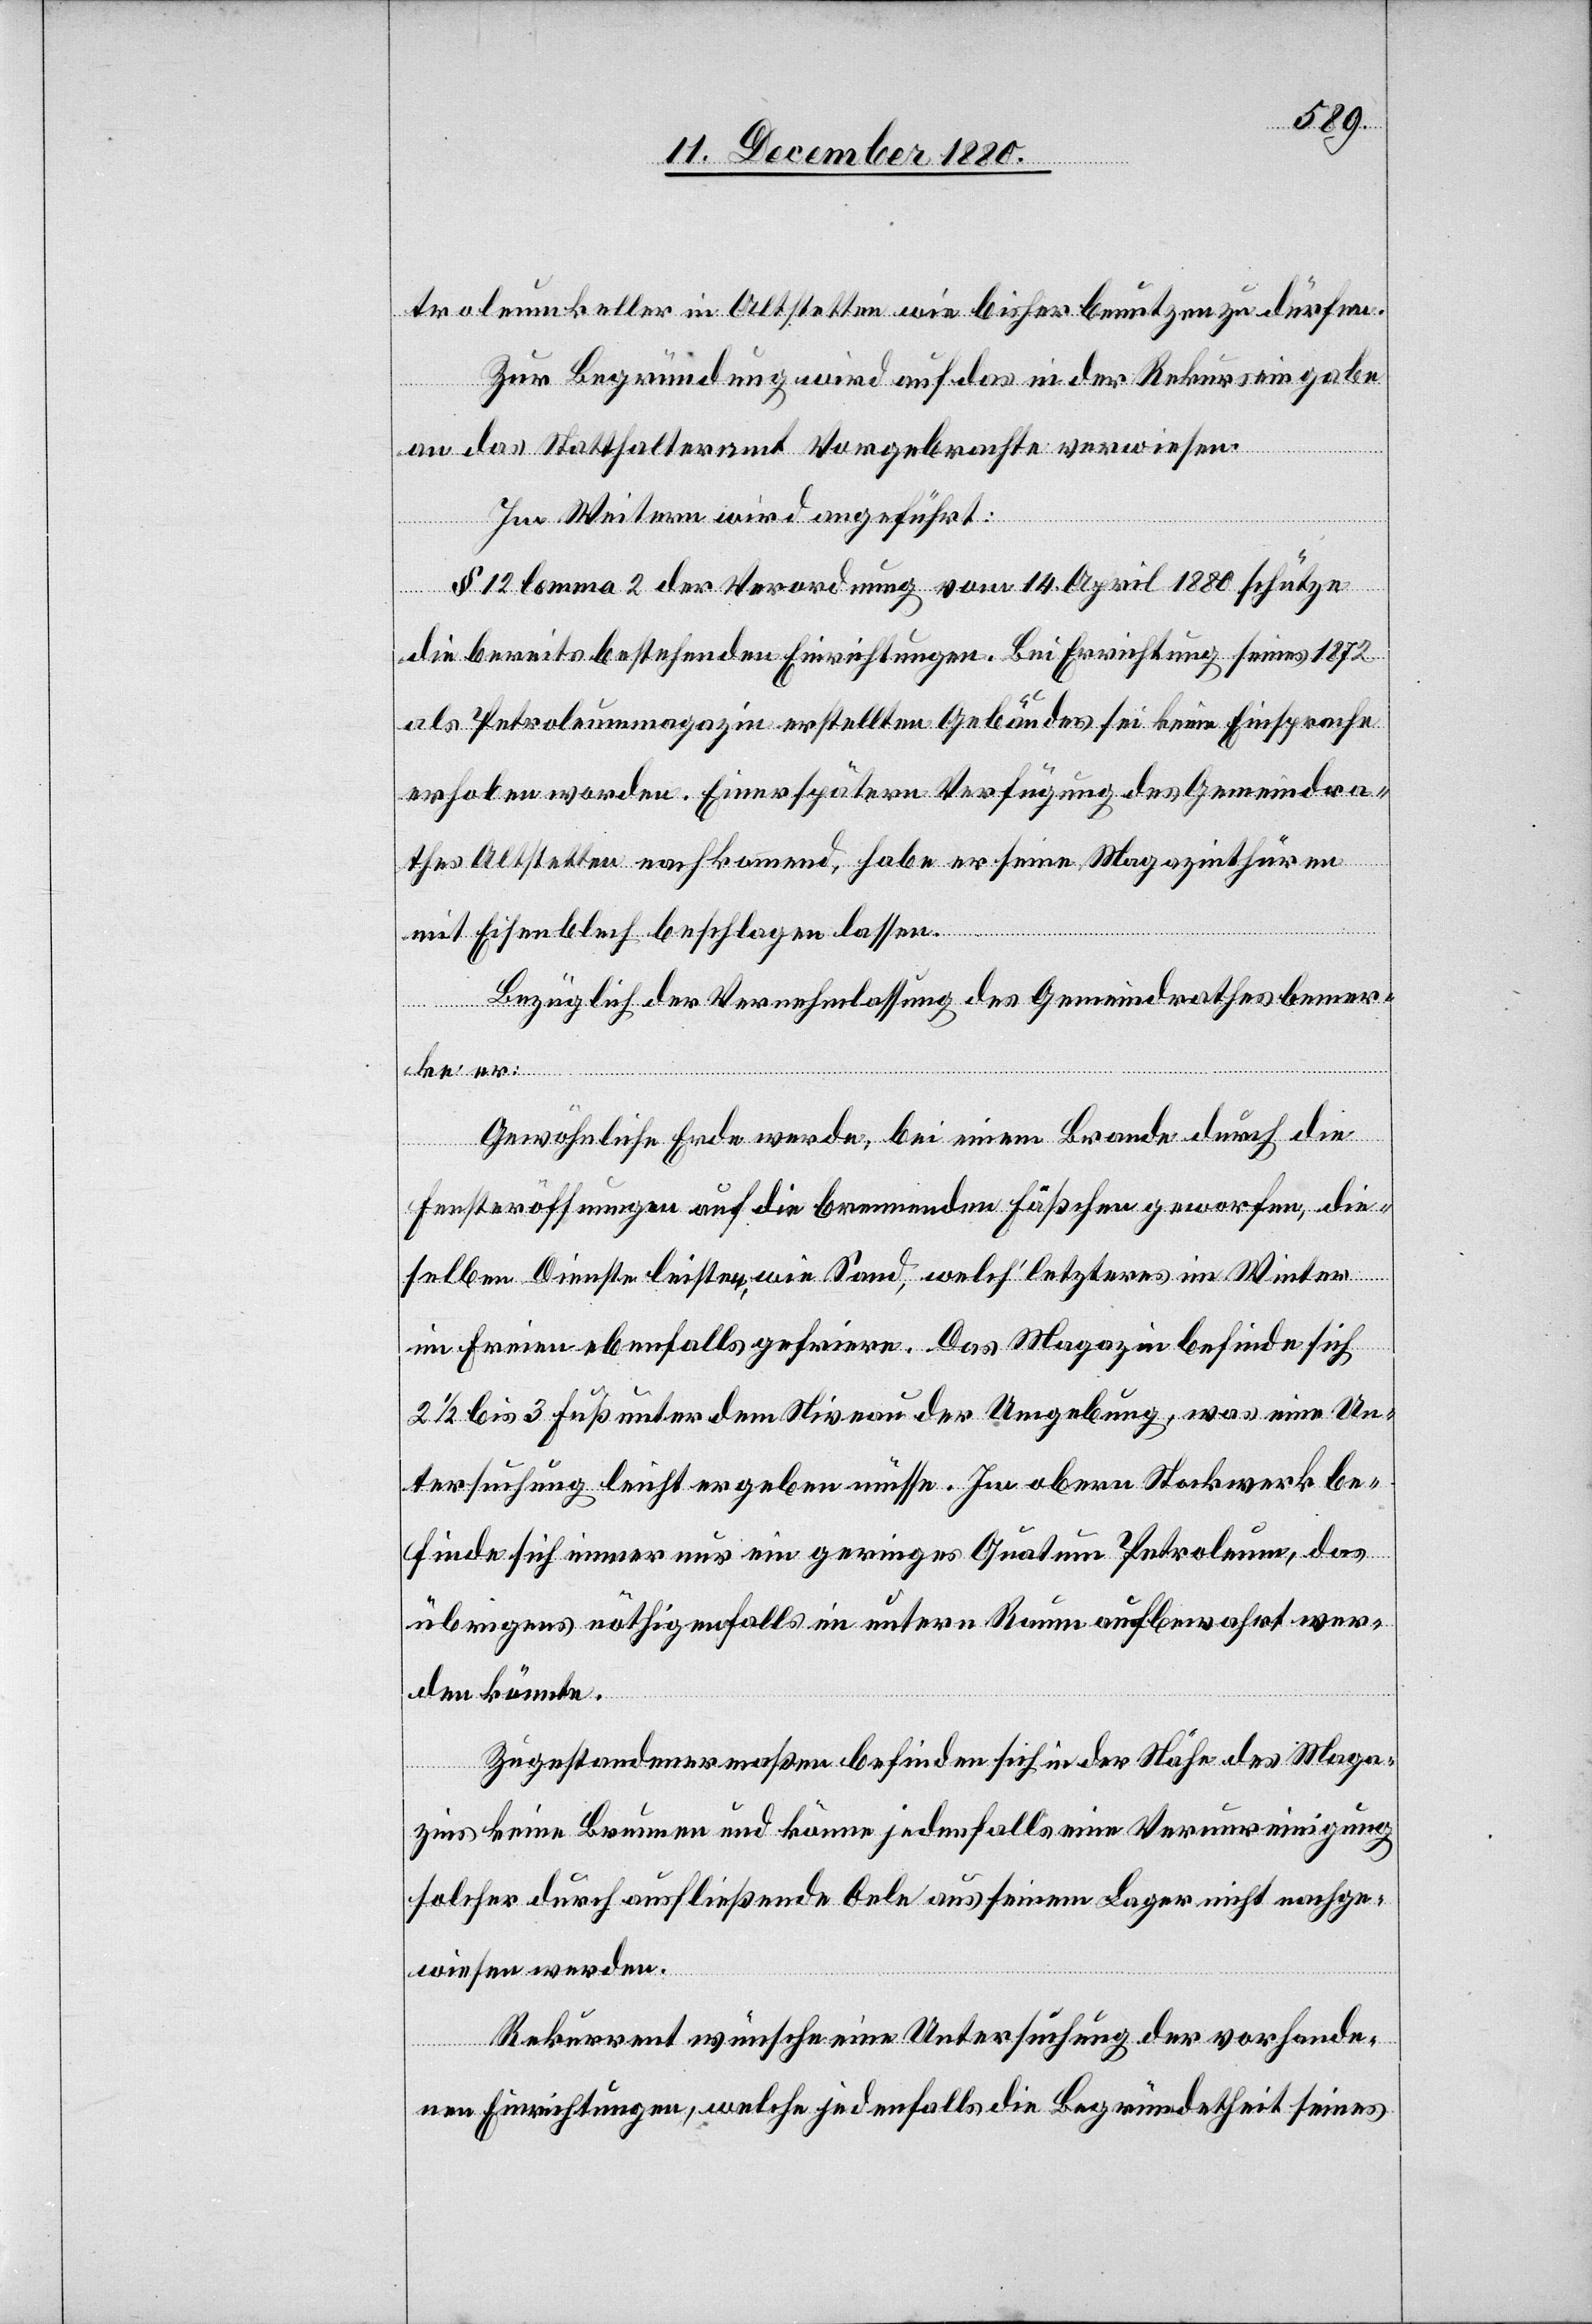
troleumkeller in Altstetten wie bisher benutzen zu dürfen.
Zur Begründung wird auf das in der Rekurseingabe
an das Statthalteramt Vorgebrachte verwiesen.
Im Weitern wird angeführt:
§ 12 lemma 2 der Verordnung vom 14. April 1880 schütze
die bereits bestehenden Einrichtungen. Bei Errichtung seines 1872
als Petroleummagazin erstellten Gebäudes sei keine Einsprache
erhoben worden. Einer späteren Verfügung des Gemeindra¬
thes Altstetten nachkommend, habe er seine Magazinthüren
mit Eisenblech beschlagen lassen.
Bezüglich der Vernehmlassung des Gemeindrathes bemer¬
ke er:
Gewöhnliche Erde werde, bei einem Brande durch die
Fensteröffnungen auf die brennenden Fäßchen geworfen, die¬
selbe Dienste leisten wie Sand, welch‘ letzteres im Winter
im Freien ebenfalls gefriere. Das Magazin befinde sich
2 1/2 bis 3 Fuß unter dem Niveau der Umgebung, was eine Un¬
tersuchung leicht ergeben müsse. Im obern Stockwerk be¬
finde sich immer nur ein geringes Quantum Petroleum, das
übrigens nöthigenfalls im untern Raum aufbewahrt wer¬
den könnte.
Zugestandenermaßen befinden sich in der Nähe des Maga¬
zins keine Brunnen und könne jedenfalls eine Verunreinigung
solcher durch ausfließende Oele aus seinem Lager nicht nachge¬
wiesen werden.
Rekurrent wünsche eine Untersuchung der vorhande¬
nen Einrichtungen, welche jedenfalls die Begründetheit seines